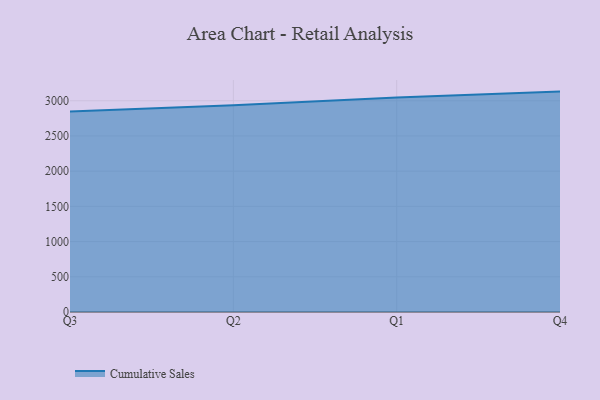
{"axis": {"x": "Quarter", "y": "Website Visitors"}, "legend": ["Cumulative Sales"], "data": [{"x": "Q3", "y": 2846.6, "type": "Cumulative Sales"}, {"x": "Q2", "y": 2934.9, "type": "Cumulative Sales"}, {"x": "Q1", "y": 3045.6, "type": "Cumulative Sales"}, {"x": "Q4", "y": 3130.0, "type": "Cumulative Sales"}]}